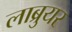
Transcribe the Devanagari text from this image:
लाब्रुयर